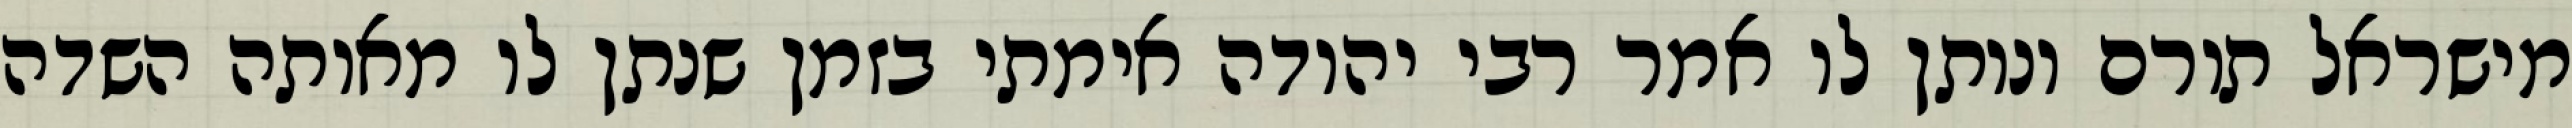
מישראל תורם ונותן לו אמר רבי יהודה אימתי בזמן שנתן לו מאותה השדה